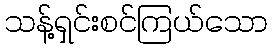
သန့်ရှင်းစင်ကြယ်သော